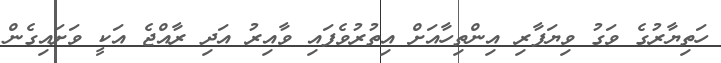
ހަތިޔާރުގެ ވަގު ވިޔަފާރި އިންތިހާއަށް އިތުރުވެފައި ވާއިރު އަދި ރާއްޖެ އަކީ ވަށައިގެން